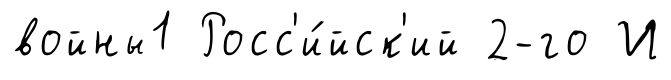
войны1 Росс'и́йск'ий 2-го И